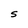
Character: S